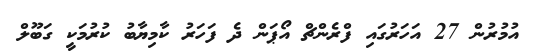
އުމުރުން 27 އަހަރުގައި ފްރެންޗް އޯޕަން ދެ ފަހަރު ކާމިޔާބު ކުރުމަކީ ގަބޫލް